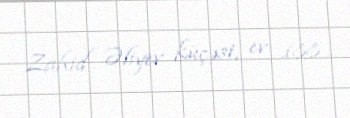
Zahid Əliyev küçəsi, ev 188